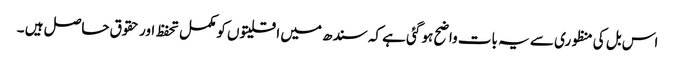
اس بل کی منظوری سے یہ بات واضح ہو گئی ہے کہ سندھ میں اقلیتوں کو مکمل تحفظ اور حقوق حاصل ہیں ۔